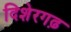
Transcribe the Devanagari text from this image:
दिशेरगढ़